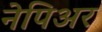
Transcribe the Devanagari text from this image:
नेपिअर